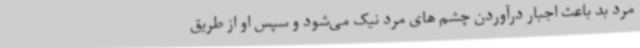
مرد بد باعث اجبار درآوردن چشم های مرد نیک می‌شود و سپس او از طریق